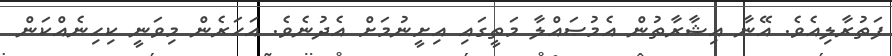
ފަތުރާލިއެވެ. އޭނާ އިޝާރާތުން އެމުޞައްލާ މަތީގައި އިށީނުމަށް އެދުނެވެ. އަހަރެން މިވަނީ ކިހިނެއްކަން